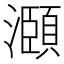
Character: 㶊